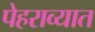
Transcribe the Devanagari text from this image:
पेहराव्यात